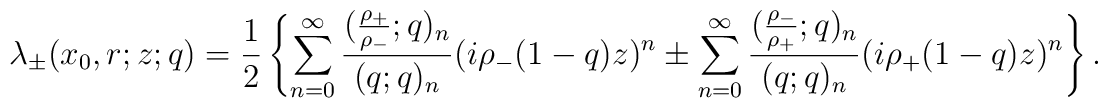
\lambda_\pm(x_0,r;z;q)=\frac{1}{2}\left\{\sum^\infty_{n=0}\frac{(\frac{\rho_+}{\rho_-};q)_n}{(q;q)_n}(i\rho_-(1-q)z)^n\pm\sum^\infty_{n=0}\frac{(\frac{\rho_-}{\rho_+};q)_n}{(q;q)_n}(i\rho_+(1-q)z)^n\right\}.